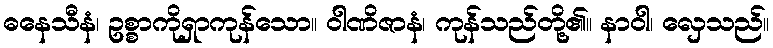
ဓနေသီနံ၊ ဥစ္စာကိုရှာကုန်သော။ ဝါဏိဇာနံ၊ ကုန်သည်တို့၏။ နာဝါ၊ လှေသည်။